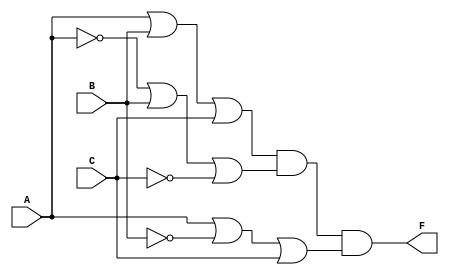
module pos_logic (
    input wire A, // Input variable A
    input wire B, // Input variable B
    input wire C, // Input variable C
    output wire F // Output of the logic function
);

// Intermediate wires for sum terms
wire sum1, sum2, sum3;

// Define the sum terms based on the given POS expression
// Example POS expression: (A + B + C)(A' + B + C')(A + B' + C)
// sum1 = A + B + C
assign sum1 = A | B | C;

// sum2 = A' + B + C' (A' is NOT A, C' is NOT C)
assign sum2 = ~A | B | ~C;

// sum3 = A + B' + C (B' is NOT B)
assign sum3 = A | ~B | C;

// Final output F is the AND of the sum terms
assign F = sum1 & sum2 & sum3;

endmodule